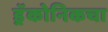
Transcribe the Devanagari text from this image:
ड्रॅकोनिकचा